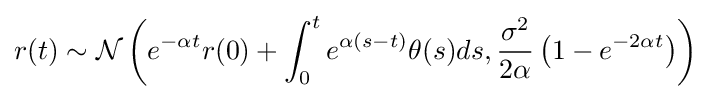
r(t)\sim {\mathcal {N}}\left(e^{-\alpha t}r(0)+\int _{0}^{t}e^{\alpha (s-t)}\theta (s)ds,{\frac {\sigma ^{2}}{2\alpha }}\left(1-e^{-2\alpha t}\right)\right)